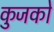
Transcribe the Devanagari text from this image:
कुजको